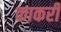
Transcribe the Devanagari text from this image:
काकरी